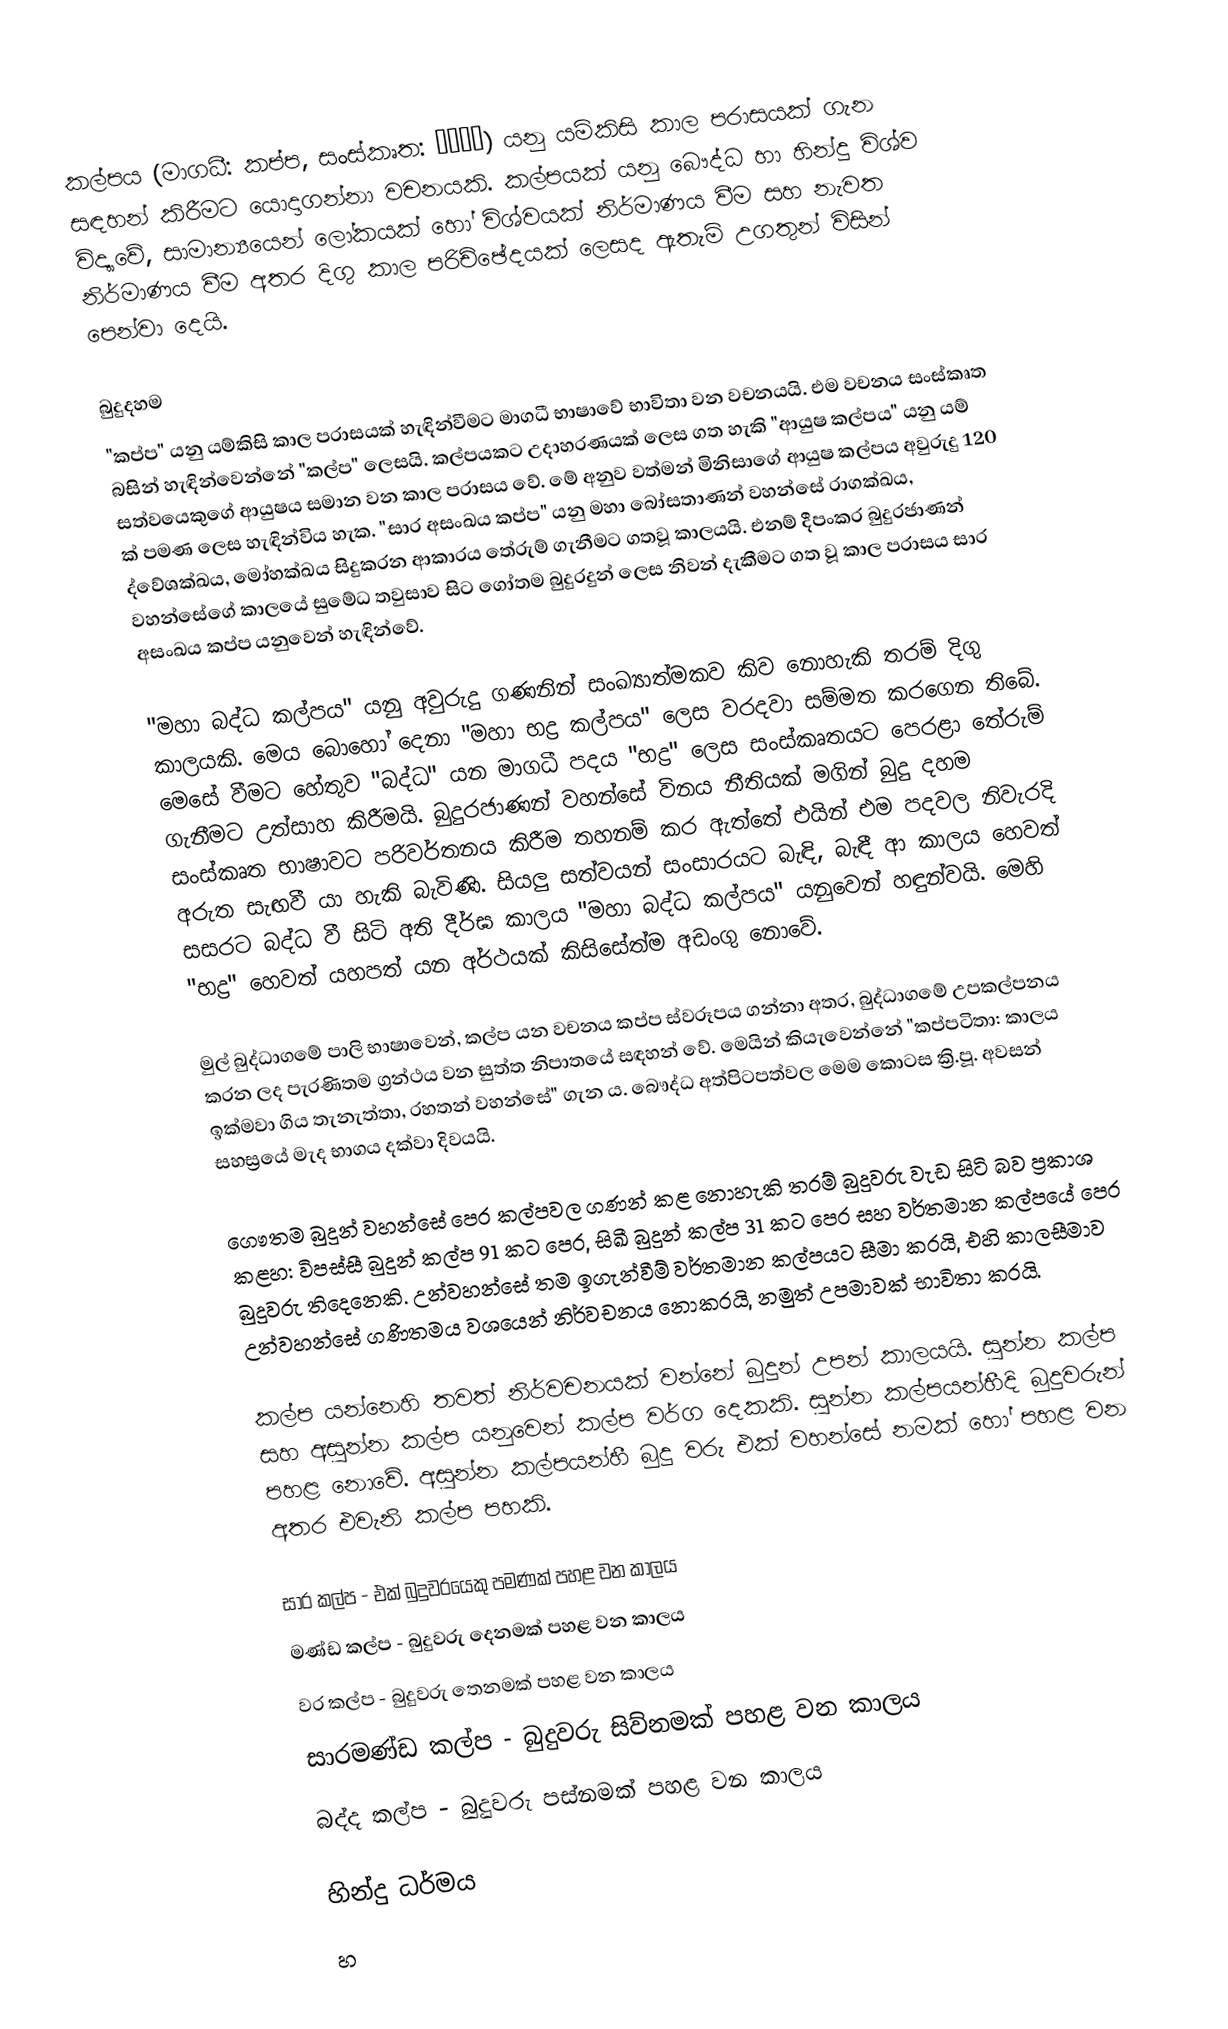
කල්පය (මාගධී: කප්ප, සංස්කෘත: कल्प) යනු යම්කිසි කාල පරාසයක් ගැන සඳහන් කිරීමට යොදාගන්නා වචනයකි. කල්පයක් යනු බෞද්ධ හා හින්දු විශ්ව විද්‍යාවේ, සාමාන්‍යයෙන් ලෝකයක් හෝ විශ්වයක් නිර්මාණය වීම සහ නැවත නිර්මාණය වීම අතර දිගු කාල පරිච්ඡේදයක් ලෙසද ඇතැම් උගතුන් විසින් පෙන්වා දෙයි.

බුදුදහම
"කප්ප" යනු යම්කිසි කාල පරාසයක් හැඳින්වීමට මාගධී භාෂාවේ භාවිතා වන වචනයයි. එම වචනය සංස්කෘත බසින් හැඳින්වෙන්නේ "කල්ප" ලෙසයි. කල්පයකට උදාහරණයක් ලෙස ගත හැකි "ආයුෂ කල්පය" යනු යම් සත්වයෙකුගේ ආයුෂය සමාන වන කාල පරාසය වේ. මේ අනුව වත්මන් මිනිසාගේ ආයුෂ කල්පය අවුරුදු 120 ක් පමණ ලෙස හැඳින්විය හැක. "සාර අසංඛය කප්ප" යනු මහා බෝසතාණන් වහන්සේ රාගක්ඛය, ද්වේශක්ඛය, මෝහක්ඛය සිදුකරන ආකාරය තේරුම් ගැනීමට ගතවූ කාලයයි. එනම් දීපංකර බුදුරජාණන් වහන්සේගේ කාලයේ සුමේධ තවුසාව සිට ගෝතම බුදුරදුන් ලෙස නිවන් දැකීමට ගත වූ කාල පරාසය සාර අසංඛය කප්ප යනුවෙන් හැඳින්වේ.

"මහා බද්ධ කල්පය" යනු අවුරුදු ගණනින් සංඛ්‍යාත්මකව කිව නොහැකි තරම් දිගු කාලයකි. මෙය බොහෝ දෙනා "මහා භද්‍ර කල්පය" ලෙස වරදවා සම්මත කරගෙන තිබේ. මෙසේ වීමට හේතුව "බද්ධ" යන මාගධී පදය "භද්‍ර" ලෙස සංස්කෘතයට පෙරළා තේරුම් ගැනීමට උත්සාහ කිරීමයි. බුදුරජාණන් වහන්සේ විනය නීතියක් මගින් බුදු දහම සංස්කෘත භාෂාවට පරිවර්තනය කිරීම තහනම් කර ඇත්තේ එයින් එම පදවල නිවැරදි අරුත සැඟවී යා හැකි බැවිණි. සියලු සත්වයන් සංසාරයට බැඳි, බැඳී ආ කාලය හෙවත් සසරට බද්ධ වී සිටි අති දීර්ඝ කාලය "මහා බද්ධ කල්පය" යනුවෙන් හඳුන්වයි. මෙහි "භද්‍ර" හෙවත් යහපත් යන අර්ථයක් කිසිසේත්ම අඩංගු නොවේ.

මුල් බුද්ධාගමේ පාලි භාෂාවෙන්, කල්ප යන වචනය කප්ප ස්වරූපය ගන්නා අතර, බුද්ධාගමේ උපකල්පනය කරන ලද පැරණිතම ග්‍රන්ථය වන සුත්ත නිපාතයේ සඳහන් වේ. මෙයින් කියැවෙන්නේ "කප්පටිතා: කාලය ඉක්මවා ගිය තැනැත්තා, රහතන් වහන්සේ" ගැන ය. බෞද්ධ අත්පිටපත්වල මෙම කොටස ක්‍රි.පූ. අවසන් සහස්‍රයේ මැද භාගය දක්වා දිවයයි.

ගෞතම බුදුන් වහන්සේ පෙර කල්පවල ගණන් කළ නොහැකි තරම් බුදුවරු වැඩ සිටි බව ප්‍රකාශ කළහ: විපස්සී බුදුන් කල්ප 91 කට පෙර, සිඛී බුදුන් කල්ප 31 කට පෙර සහ වර්තමාන කල්පයේ පෙර බුදුවරු තිදෙනෙකි. උන්වහන්සේ තම ඉගැන්වීම් වර්තමාන කල්පයට සීමා කරයි, එහි කාලසීමාව උන්වහන්සේ ගණිතමය වශයෙන් නිර්වචනය නොකරයි, නමුත් උපමාවක් භාවිතා කරයි.

කල්ප යන්නෙහි තවත් නිර්වචනයක් වන්නේ බුදුන් උපන් කාලයයි. සුන්න කල්ප සහ අසුන්න කල්ප යනුවෙන් කල්ප වර්ග දෙකකි. සුන්න කල්පයන්හීදි බුදුවරුන් පහළ නොවේ. අසුන්න කල්පයන්හී බුදු වරු එක් වහන්සේ නමක් හෝ පහළ වන අතර එවැනි කල්ප පහකි.

 සාර කල්ප - එක් බුදුවරයෙකු පමණක් පහළ වන කාලය
 මණ්ඩ කල්ප - බුදුවරු දෙනමක් පහළ වන කාලය
 වර කල්ප - බුදුවරු තෙනමක් පහළ වන කාලය
 සාරමණ්ඩ කල්ප - බුදුවරු සිව්නමක් පහළ වන කාලය
 බද්ද කල්ප - බුදුවරු පස්නමක් පහළ වන කාලය

හින්දු ධර්මය
හ